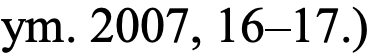
ym. 2007, 16–17.)